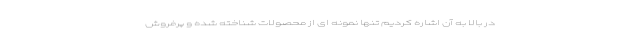
در بالا به آن اشاره کردیم تنها نمونه ای از محصولات شناخته شده و پرفروش